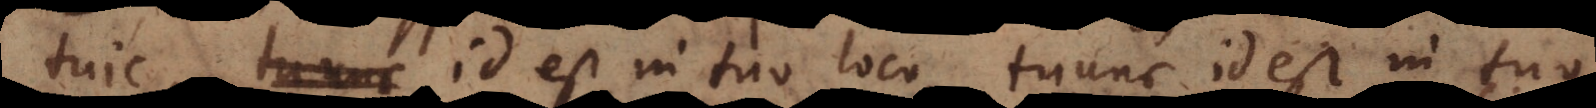
tuic, tuunc id est in tuo loco, tuunc id est in tuo